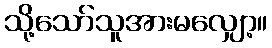
သို့သော်သူအားမလျှော့။